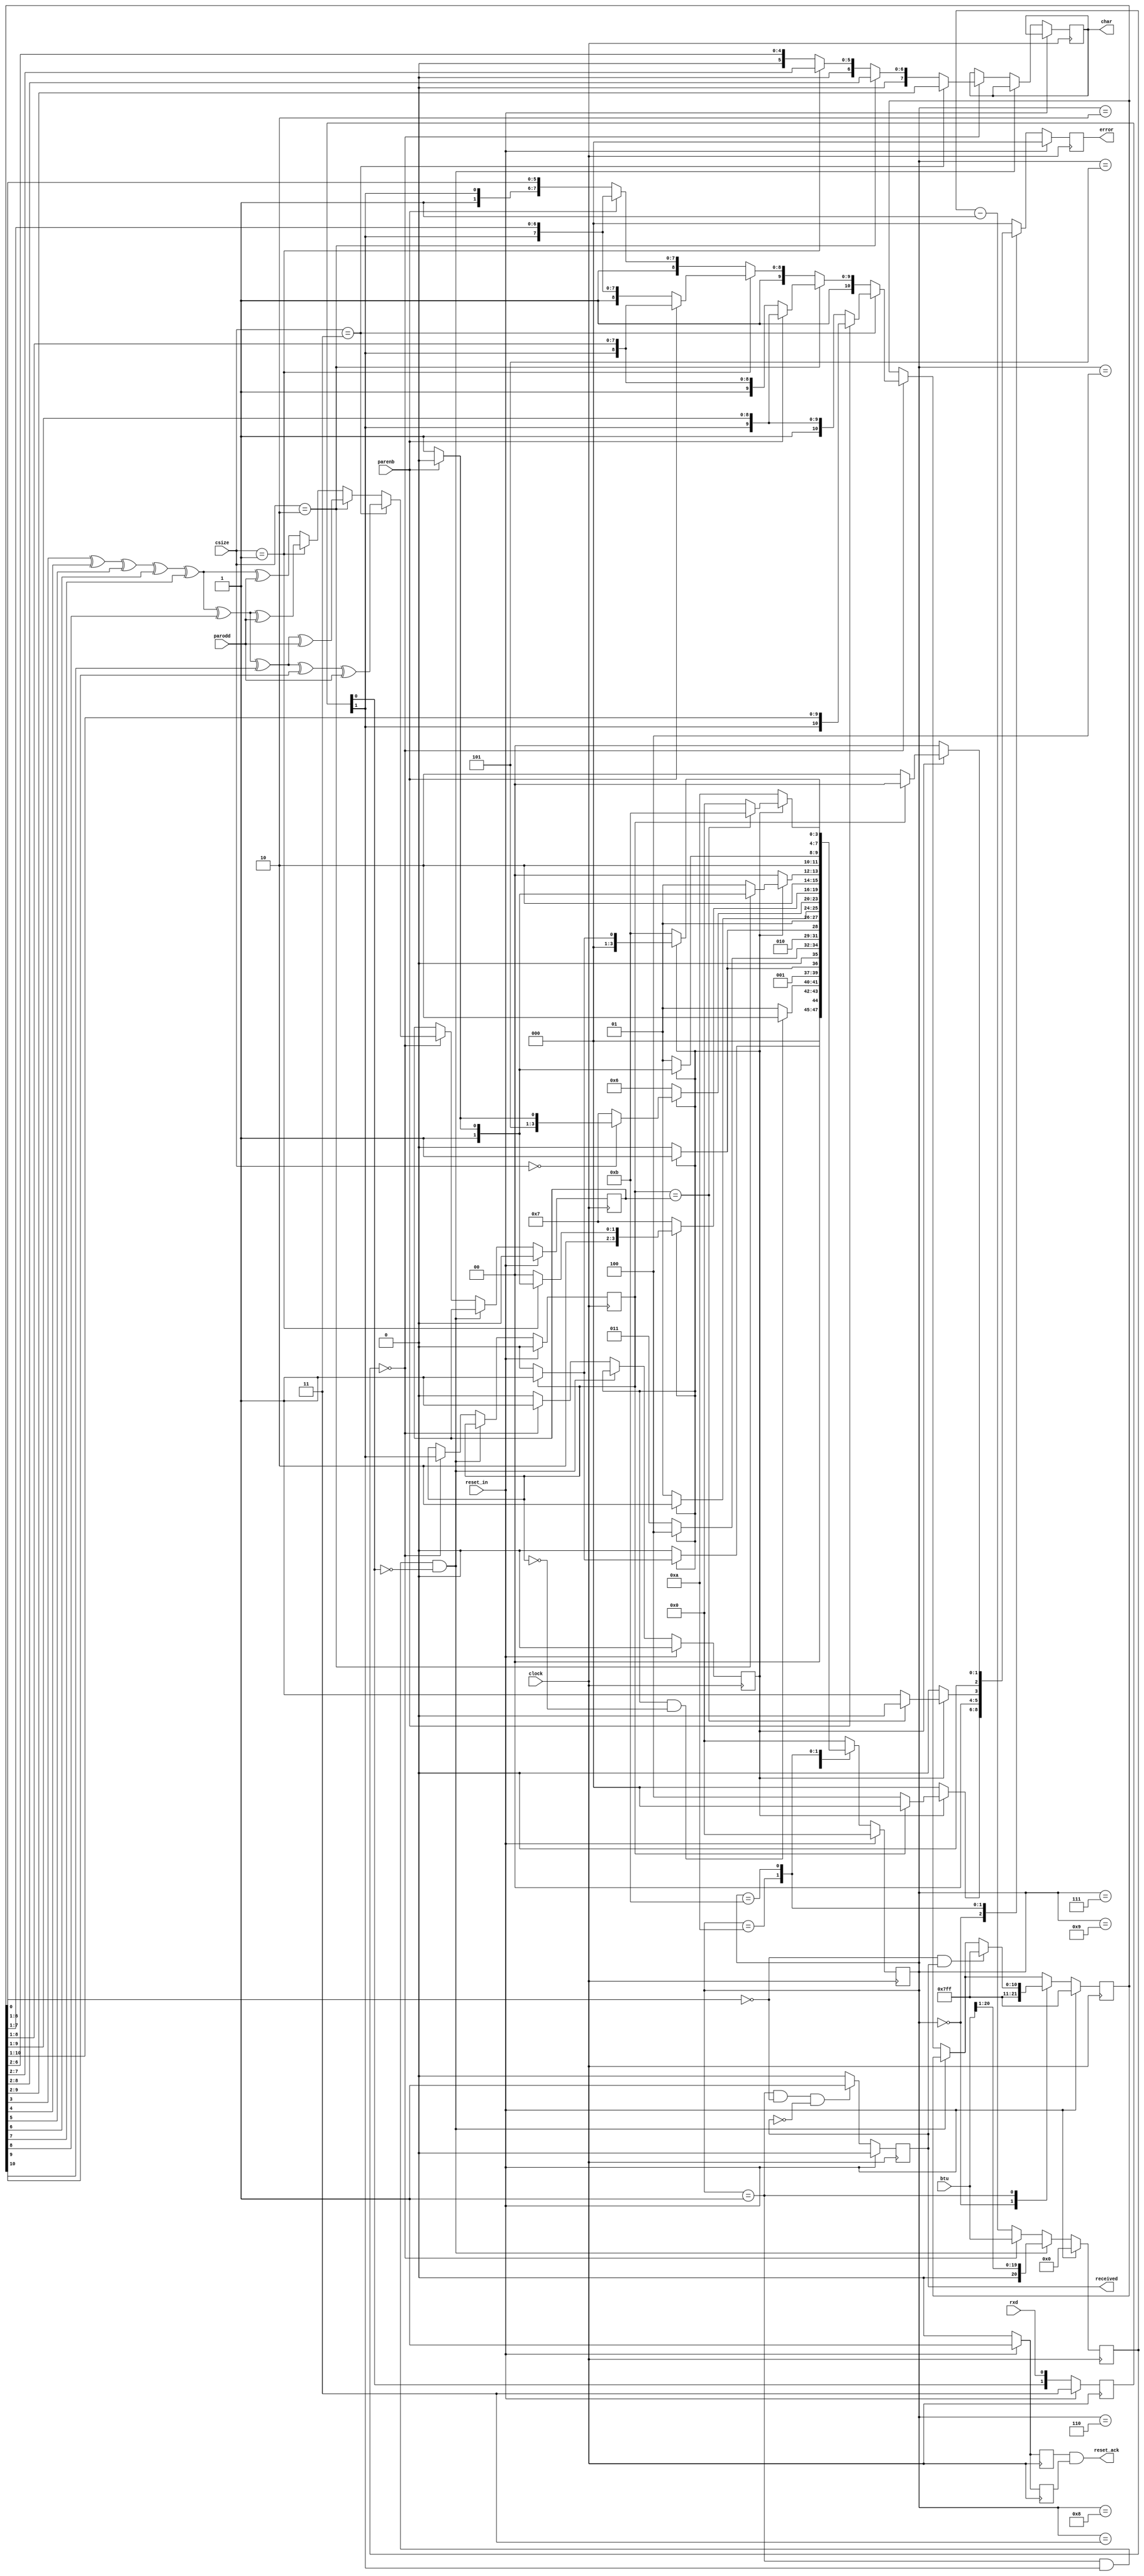
`timescale 1ns/1ps

module uart_receiver (
    clock,
    btu,
    reset_in,
    reset_ack,
    csize,
    parenb,
    parodd,
    rxd,
    char,
    received,
    error
);

    input clock;
    input [20:0] btu;
    input reset_in;
    output reset_ack;
    input [1:0] csize;
    input parenb;
    input parodd;
    input rxd;
    output [7:0] char;
    output received;
    output [2:0] error;

    reg reset_ack;
    reg [1:0] reset_internal_ack;

    reg [1:0] rxd_sample;
    reg bit_received;
    reg bit_value;
    reg [7:0] char;
    reg received;

    reg [20:0] btu_counter;

    reg [10:0] data_internal;

    reg parity;

    reg [2:0] error, error_next;

    reg [3:0] state, state_next;

    parameter [3:0] IDLE        = 4'h0;
    parameter [3:0] START_BIT   = 4'h1;
    parameter [3:0] BIT_0       = 4'h2;
    parameter [3:0] BIT_1       = 4'h3;
    parameter [3:0] BIT_2       = 4'h4;
    parameter [3:0] BIT_3       = 4'h5;
    parameter [3:0] BIT_4       = 4'h6;
    parameter [3:0] BIT_5       = 4'h7;
    parameter [3:0] BIT_6       = 4'h8;
    parameter [3:0] BIT_7       = 4'h9;
    parameter [3:0] PARITY_BIT  = 4'ha;
    parameter [3:0] STOP_BIT    = 4'hb;

    always @ (reset_internal_ack) begin
        reset_ack = (reset_internal_ack[0] & reset_internal_ack[1]);
    end

    always @ (negedge clock) begin
        if (reset_in == 1'b1) begin
            received <= 1'b0;
            error <= 3'b000;
            reset_internal_ack[0] <= 1'b1;
        end else begin
            reset_internal_ack[0] <= 1'b0;
            if ((state == START_BIT) && (data_internal[0] == 1'b0) && (received == 1'b0)) begin
                received <= 1'b1;
            end else begin
                received <= 1'b0;
            end
            error <= error_next;
        end
    end

    always @ (posedge clock) begin
        if (reset_in == 1'b1) begin
            rxd_sample <= 2'b11;
            bit_received <= 1'b0;
            bit_value <= 1'b0;
            btu_counter <= 21'h000000;
            data_internal <= 11'h7ff;
            state <= IDLE;
            parity <= 1'b0;
            reset_internal_ack[1] <= 1'b1;
        end else begin
            reset_internal_ack[1] <= 1'b0;
            rxd_sample <= {rxd_sample[0], rxd};
            if ((state == START_BIT) && (rxd_sample[1] == 1'b1) && (rxd_sample[0] == 1'b0)) begin
                btu_counter <= {1'b0, btu[20:1]};
            end else if (btu_counter == 21'h000000) begin
                bit_received <= 1'b1;
                bit_value <= rxd_sample[1];
                if (csize == 2'b11) begin
                    if (parenb == 1'b1) begin
                        data_internal <= {rxd_sample[1], data_internal[10:1]};
                    end else begin
                        data_internal <= {1'b1, rxd_sample[1], data_internal[9:1]};
                    end
                    char <= data_internal[9:2];
                    parity <= (data_internal[3] ^ data_internal[4] ^ data_internal[5] ^ data_internal[6] ^ data_internal[7] ^ data_internal[8] ^ data_internal[9] ^ data_internal[10] ^ parodd);
                end else if (csize == 2'b10) begin
                    if (parenb == 1'b1) begin
                        data_internal <= {1'b1, rxd_sample[1], data_internal[9:1]};
                    end else begin
                        data_internal <= {2'b11, rxd_sample[1], data_internal[8:1]};
                    end
                    char <= {1'b0, data_internal[8:2]};
                    parity <= (data_internal[3] ^ data_internal[4] ^ data_internal[5] ^ data_internal[6] ^ data_internal[7] ^ data_internal[8] ^ data_internal[9] ^ parodd);
                end else if (csize == 2'b01) begin
                    if (parenb == 1'b1) begin
                        data_internal <= {2'b11, rxd_sample[1], data_internal[8:1]};
                    end else begin
                        data_internal <= {3'b111, rxd_sample[1], data_internal[7:1]};
                    end
                    char <= {2'b00, data_internal[7:2]};
                    parity <= (data_internal[3] ^ data_internal[4] ^ data_internal[5] ^ data_internal[6] ^ data_internal[7] ^ data_internal[8] ^ parodd);
                end else begin
                    if (parenb == 1'b1) begin
                        data_internal <= {3'b111, rxd_sample[1], data_internal[7:1]};
                    end else begin
                        data_internal <= {4'b1111, rxd_sample[1], data_internal[6:1]};
                    end
                    char <= {3'b000, data_internal[6:2]};
                    parity <= (data_internal[3] ^ data_internal[4] ^ data_internal[5] ^ data_internal[6] ^ data_internal[7] ^ parodd);
                end
                btu_counter <= btu;
            end else begin
                btu_counter <= btu_counter - 1'b1;
                bit_received <= 1'b0;
            end
            state <= state_next;
            case (state)
                IDLE: begin
                    data_internal <= 11'h7ff;
                end
                START_BIT: begin
                    if ((data_internal[0] == 1'b0) && (received == 1'b1)) begin
                        data_internal <= 11'h7ff;
                    end
                end
            endcase
        end
    end

    always @ (state or bit_received or bit_value or csize or parenb or parity) begin
        case (state)
            IDLE: begin
                if (bit_received == 1'b1) begin
                    if (bit_value == 1'b1) begin
                        state_next = START_BIT;
                        error_next = 3'b000;
                    end else begin
                        state_next = IDLE;
                        error_next = 3'b100;
                    end
                end else begin
                    state_next = IDLE;
                    error_next = 3'b000;
                end
            end
            START_BIT: begin
                if ((bit_received == 1'b1) && (bit_value == 1'b0)) begin
                    state_next = BIT_0;
                end else begin
                    state_next = START_BIT;
                end
                error_next = 3'b000;
            end
            BIT_0: begin
                if (bit_received == 1'b1) begin
                    state_next = BIT_1;
                end else begin
                    state_next = BIT_0;
                end
                error_next = 3'b000;
            end
            BIT_1: begin
                if (bit_received == 1'b1) begin
                    state_next = BIT_2;
                end else begin
                    state_next = BIT_1;
                end
                error_next = 3'b000;
            end
            BIT_2: begin
                if (bit_received == 1'b1) begin
                    state_next = BIT_3;
                end else begin
                    state_next = BIT_2;
                end
                error_next = 3'b000;
            end
            BIT_3: begin
                if (bit_received == 1'b1) begin
                    state_next = BIT_4;
                end else begin
                    state_next = BIT_3;
                end
                error_next = 3'b000;
            end
            BIT_4: begin
                if (bit_received == 1'b1) begin
                    if (csize == 2'b00) begin
                        if (parenb == 1'b1) begin
                            state_next = PARITY_BIT;
                        end else begin
                            state_next = STOP_BIT;
                        end
                    end else begin
                        state_next = BIT_5;
                    end
                end else begin
                    state_next = BIT_4;
                end
                error_next = 3'b000;
            end
            BIT_5: begin
                if (bit_received == 1'b1) begin
                    if (csize == 2'b01) begin
                        if (parenb == 1'b1) begin
                            state_next = PARITY_BIT;
                        end else begin
                            state_next = STOP_BIT;
                        end
                    end else begin
                        state_next = BIT_6;
                    end
                end else begin
                    state_next = BIT_5;
                end
                error_next = 3'b000;
            end
            BIT_6: begin
                if (bit_received == 1'b1) begin
                    if (csize == 2'b10) begin
                        if (parenb == 1'b1) begin
                            state_next = PARITY_BIT;
                        end else begin
                            state_next = STOP_BIT;
                        end
                    end else begin
                        state_next = BIT_7;
                    end
                end else begin
                    state_next = BIT_6;
                end
                error_next = 3'b000;
            end
            BIT_7: begin
                if (bit_received == 1'b1) begin
                    if (parenb == 1'b1) begin
                        state_next = PARITY_BIT;
                    end else begin
                        state_next = STOP_BIT;
                    end
                end else begin
                    state_next = BIT_7;
                end
                error_next = 3'b000;
            end
            PARITY_BIT: begin
                if (bit_received == 1'b1) begin
                    if (bit_value == parity) begin
                        state_next = STOP_BIT;
                        error_next = 3'b000;
                    end else begin
                        state_next = IDLE;
                        error_next = 3'b001;
                    end
                end else begin
                    state_next = PARITY_BIT;
                    error_next = 3'b000;
                end
            end
            STOP_BIT: begin
                if (bit_received == 1'b1) begin
                    if (bit_value == 1'b1) begin
                        state_next = START_BIT;
                        error_next = 3'b000;
                    end else begin
                        state_next = IDLE;
                        error_next = 3'b010;
                    end
                end else begin
                    state_next = STOP_BIT;
                    error_next = 3'b000;
                end
            end
            default: begin
                state_next = IDLE;
                error_next = 3'b000;
            end
        endcase
    end

endmodule

module uart_transmitter (
    clock,
    btu,
    reset_in,
    reset_ack,
    csize,
    cstopb,
    parenb,
    parodd,
    char,
    load,
    txd,
    transmitted
);

    input clock;
    input [20:0] btu;
    input reset_in;
    output reset_ack;
    input [1:0] csize;
    input cstopb;
    input parenb;
    input parodd;
    input [7:0] char;
    input load;
    output txd;
    output transmitted;

    reg reset_ack;
    reg [1:0] reset_internal_ack;

    reg [20:0] btu_counter;
    reg [10:0] serializer;
    reg done;
    reg txd;
    reg transmitted;
    reg parity;
    reg [7:0] char_internal;

    always @ (reset_internal_ack) begin
        reset_ack = (reset_internal_ack[0] & reset_internal_ack[1]);
    end

    always @ (char_internal or csize or parodd) begin
        if (csize == 2'b11) begin
            parity = (char_internal[0] ^ char_internal[1] ^ char_internal[2] ^ char_internal[3] ^ char_internal[4] ^ char_internal[5] ^ char_internal[6] ^ char_internal[7] ^ parodd);
        end else if (csize == 2'b10) begin
            parity = (char_internal[0] ^ char_internal[1] ^ char_internal[2] ^ char_internal[3] ^ char_internal[4] ^ char_internal[5] ^ char_internal[6] ^ parodd);
        end else if (csize == 2'b01) begin
            parity = (char_internal[0] ^ char_internal[1] ^ char_internal[2] ^ char_internal[3] ^ char_internal[4] ^ char_internal[5] ^ parodd);
        end else begin
            parity = (char_internal[0] ^ char_internal[1] ^ char_internal[2] ^ char_internal[3] ^ char_internal[4] ^ parodd);
        end
    end

    always @ (posedge clock) begin
        if (reset_in == 1'b1) begin
            btu_counter <= 21'h000000;
            serializer <= 11'h000;
            done <= 1'b1;
            txd <= 1'b1;
            char_internal <= 8'h00;
            reset_internal_ack[0] <= 1'b1;
        end else begin
            reset_internal_ack[0] <= 1'b0;
            char_internal <= char;
            if (done == 1'b1) begin
                if (load == 1'b1) begin
                    if (csize == 2'b11) begin
                        if ((cstopb == 1'b1) && (parenb == 1'b1)) begin
                            serializer <= {2'b11, parity, char_internal};
                        end else if ((cstopb == 1'b0) && (parenb == 1'b1)) begin
                            serializer <= {2'b01, parity, char_internal};
                        end else if ((cstopb == 1'b1) && (parenb == 1'b0)) begin
                            serializer <= {3'b011, char_internal};
                        end else begin
                            serializer <= {3'b001, char_internal};
                        end
                    end else if (csize == 2'b10) begin
                        if ((cstopb == 1'b1) && (parenb == 1'b1)) begin
                            serializer <= {3'b011, parity, char_internal[6:0]};
                        end else if ((cstopb == 1'b0) && (parenb == 1'b1)) begin
                            serializer <= {3'b001, parity, char_internal[6:0]};
                        end else if ((cstopb == 1'b1) && (parenb == 1'b0)) begin
                            serializer <= {4'b0011, char_internal[6:0]};
                        end else begin
                            serializer <= {4'b0001, char_internal[6:0]};
                        end
                    end else if (csize == 2'b01) begin
                        if ((cstopb == 1'b1) && (parenb == 1'b1)) begin
                            serializer <= {4'b0011, parity, char_internal[5:0]};
                        end else if ((cstopb == 1'b0) && (parenb == 1'b1)) begin
                            serializer <= {4'b0001, parity, char_internal[5:0]};
                        end else if ((cstopb == 1'b1) && (parenb == 1'b0)) begin
                            serializer <= {5'b00011, char_internal[5:0]};
                        end else begin
                            serializer <= {5'b00001, char_internal[5:0]};
                        end
                    end else begin
                        if ((cstopb == 1'b1) && (parenb == 1'b1)) begin
                            serializer <= {5'b00011, parity, char_internal[4:0]};
                        end else if ((cstopb == 1'b0) && (parenb == 1'b1)) begin
                            serializer <= {5'b00001, parity, char_internal[4:0]};
                        end else if ((cstopb == 1'b1) && (parenb == 1'b0)) begin
                            serializer <= {6'b000011, char_internal[4:0]};
                        end else begin
                            serializer <= {6'b000001, char_internal[4:0]};
                        end
                    end
                    btu_counter <= btu;
                    txd <= 1'b0;
                    done <= 1'b0;
                end
            end else if (btu_counter == 21'h000001) begin
                if (serializer == 11'h000) begin
                    done <= 1'b1;
                end
                btu_counter <= 21'h000000;
            end else if (btu_counter == 21'h000000) begin
                btu_counter <= btu;
                txd <= serializer[0];
                serializer <= {1'b0, serializer[10:1]};
            end else begin
                btu_counter <= btu_counter - 1'b1;
            end
        end
    end

    always @ (negedge clock) begin
        if (reset_in == 1'b1) begin
            transmitted <= 1'b0;
            reset_internal_ack[1] <= 1'b1;
        end else begin
            reset_internal_ack[1] <= 1'b0;
            if ((serializer == 11'h001) && (btu_counter == 21'h000001) && (transmitted == 1'b0)) begin
                transmitted <= 1'b1;
            end else begin
                transmitted <= 1'b0;
            end
        end
    end

endmodule